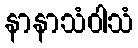
နာနာသံဝါသံ